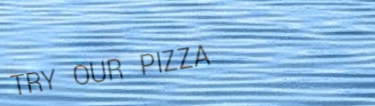
TRY OUR PIZZA